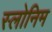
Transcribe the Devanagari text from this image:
स्लोनिम